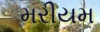
મરીયમ